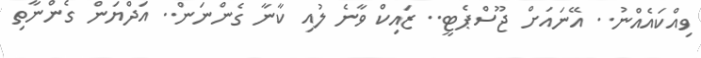
ވިއްކައެއްނު.. އޭނައަށް ޖޫސްޕެޓީ.. ޒައިކް ވާނެ ލުއި ކާނާ ގެންނަން.. އަދްޔަން ގެންނާތި